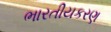
ભારતીયકરણ